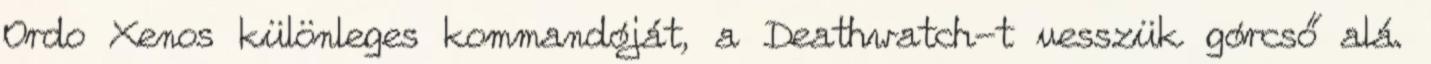
Ordo Xenos különleges kommandóját, a Deathwatch-t vesszük górcső alá.